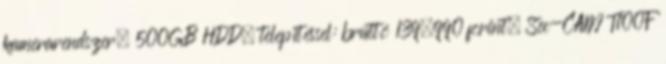
kamerarendszer, 500GB HDD, telepítéssel: bruttó 139.990 forint. Sec-CAM T100F